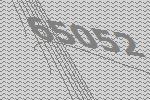
65052